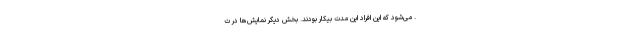
. می‌شود که این افراد این مدت بیکار بودند. بخش دیگر نمایش‌ها در ت